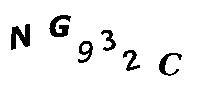
NG932C